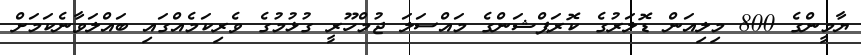
ޔާމީންގެ 800 މިލިއަން ޑޮލަރުގެ ކޮރަޕްޝަންގެ މައްސަލަ ޖުމްހޫރީ ގުޅުމުގެ ވެރިކަމެއްގައި ބައްލަވާނެކަމަށް